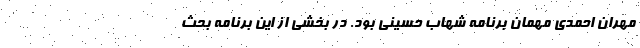
مهران احمدی مهمان برنامه شهاب حسینی بود. در بخشی از این برنامه بحث